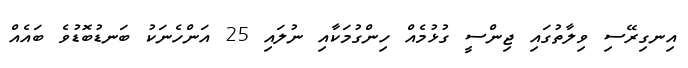
އިނގިރޭސި ވިލާތުގައި ޖިންސީ ގުޅުމެއް ހިންގުމަކާއި ނުލައި 25 އަންހެނަކު ބަނޑުބޮޑުވެ ބައެއް